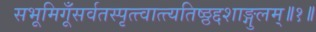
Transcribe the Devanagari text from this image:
सभूमिगूँसर्वतस्पृत्त्वात्त्यतिष्ठ्ठद्दशाङ्गुलम्॥१॥